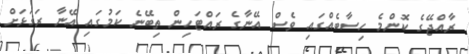
ރާއްޖޭގެ ކޮންމެ ހިސާބެއްގައި ވެސް އޭނާގެ ރައްޓަހިން ތިބޭނެ ކަމުގައި އޭނާ ރަގަޅަށް